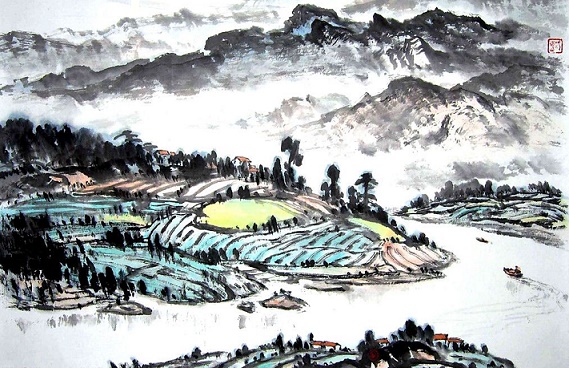
漠漠水田飞白鹭，阴阴夏木啭黄鹂。